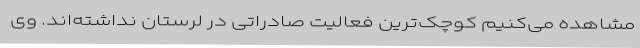
مشاهده می‌کنیم کوچک‌ترین فعالیت صادراتی در لرستان نداشته‌اند. وی